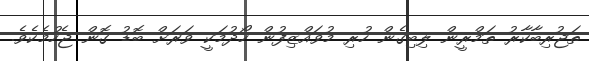
ތަޖުރިބާކާރު ތަމްރީން ލިބިގެން ހުރި މުވައްޒިފުން ހޯދުމަކީ ވަރަށް ބޮޑު ގޮން ޖެހުމެކެވެ.